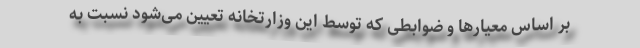
بر اساس معیارها و ضوابطی که توسط این وزارتخانه تعیین می‌شود نسبت به